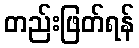
တည်းဖြတ်ရန်